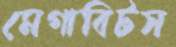
মেগাবিটস